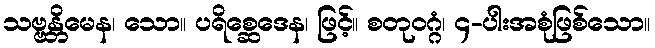
သဗ္ဗန္တိမေန၊ သော။ ပရိစ္ဆေဒေန၊ ဖြင့်။ စတုဝဂ္ဂံ၊ ၄-ပါးအစုံဖြစ်သော။